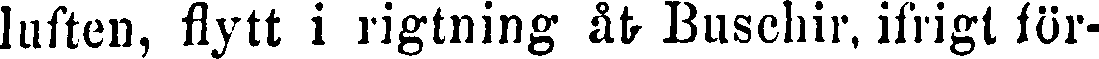
luften, flytt i rigtning åt Buschir, ifrigt för-